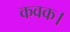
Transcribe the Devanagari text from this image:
कवक।